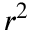
r ^ { 2 }